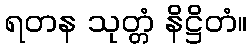
ရတန သုတ္တံ နိဋ္ဌိတံ။